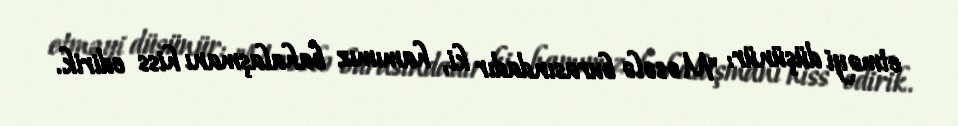
etməyi düşünür: "Məsələ burasındadır ki, hamımız bahalaşmanı hiss edirik.